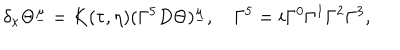
LaTeX: \delta _ { \kappa } \Theta ^ { \underline { { \mu } } } = K ( \tau , \eta ) ( \Gamma ^ { 5 } D \Theta ) ^ { \underline { { \mu } } } , \quad \Gamma ^ { 5 } = i \Gamma ^ { 0 } \Gamma ^ { 1 } \Gamma ^ { 2 } \Gamma ^ { 3 } ,